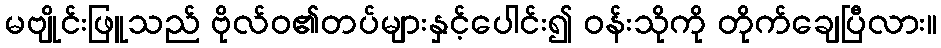
မဗျိုင်းဖြူသည် ဗိုလ်ဝ၏တပ်များနှင့်ပေါင်း၍ ဝန်းသိုကို တိုက်ချေပြီလား။